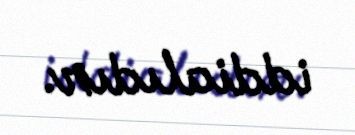
iddialıdır.